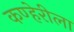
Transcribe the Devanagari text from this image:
कण्हेरीला